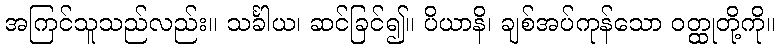
အကြင်သူသည်လည်း။ သင်္ခါယ၊ ဆင်ခြင်၍။ ပိယာနိ၊ ချစ်အပ်ကုန်သော ဝတ္ထုတို့ကို။